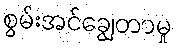
စွမ်းအင်ချွေတာမှု